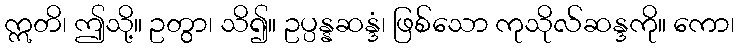
ဣတိ၊ ဤသို့။ ဥတွာ၊ သိ၍။ ဥပ္ပန္နဆန္ဒံ၊ ဖြစ်သော ကုသိုလ်ဆန္ဒကို။ ကော၊